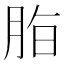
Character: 𱼈